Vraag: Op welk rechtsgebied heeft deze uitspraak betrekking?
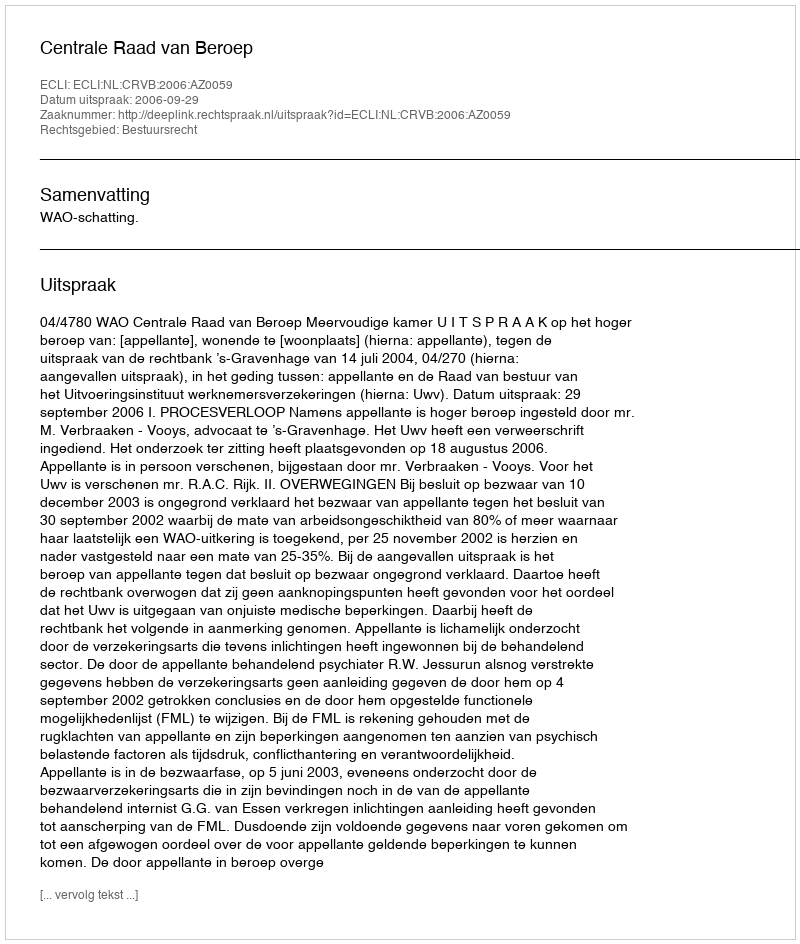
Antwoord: Bestuursrecht